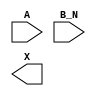
module sky130_fd_sc_hd__or2b (
    //# {{data|Data Signals}}
    input  A  ,
    input  B_N,
    output X
);

    // Voltage supply signals
    supply1 VPWR;
    supply0 VGND;
    supply1 VPB ;
    supply0 VNB ;

endmodule